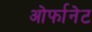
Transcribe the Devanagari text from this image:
ओर्फानेट